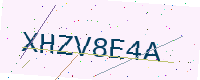
Text: XHZV8E4A